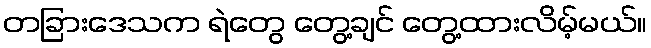
တခြားဒေသက ရဲတွေ တွေ့ချင် တွေ့ထားလိမ့်မယ်။